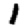
Digit: 1